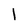
Character: 1